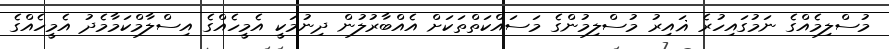
މުސްލިމެއްގެ ނަމުގައިހުރެ ޣައިރު މުސްލިމުންގެ މަސައްކަތްތަކަށް އެއްބާރުލުން ދިނުމަކީ އެމީހެއްގެ އިސްލާމްކަމާމެދު އެމީހެއްގެ